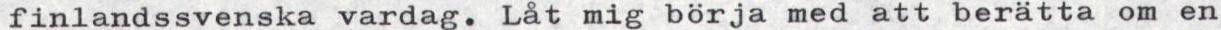
finlandssvenska vardag. Låt mig börja med att berätta om en